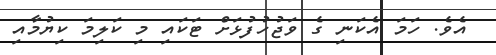
އެވެ. ހަމަ އެކަނި ގެ ވަޖުހުފުޅަށް ޓަކައި މި ކަލިމަ ކިޔުމާއި